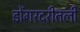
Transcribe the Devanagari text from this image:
डोंगरदरीतली